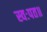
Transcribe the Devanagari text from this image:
स्वःपत॥